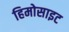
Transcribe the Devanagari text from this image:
हिमोसाइट